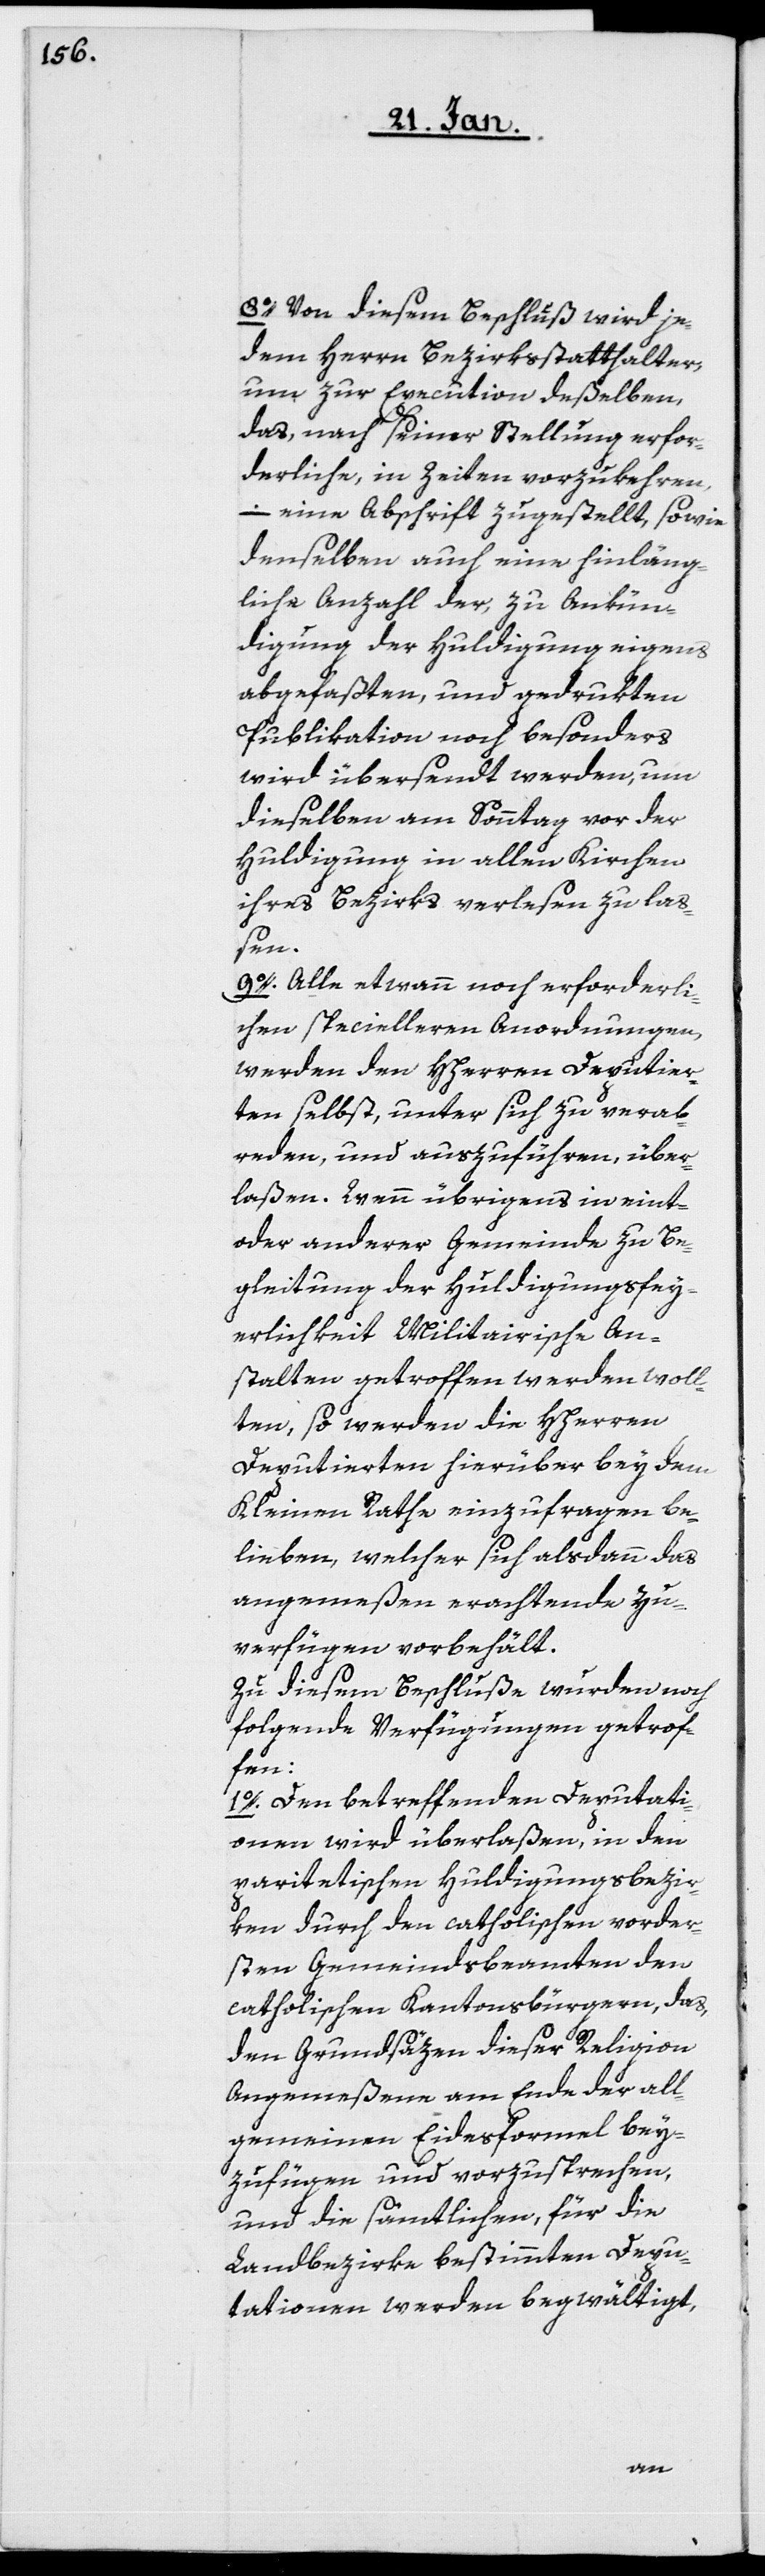
8o. Von diesem Beschluß wird je¬
dem Herrn Bezirksstatthalter,
um zur Execution deßelben,
das, nach seiner Stellung erfor¬
derliche, in Zeiten vorzukehren,
– eine Abschrift zugestellt, sowie
denselben auch eine hinläng¬
liche Anzahl der, zu Ankün¬
digung der Huldigung eigens
abgefaßten, und gedrukten
Publikation noch besonders
wird übersendt werden, um
dieselben am Sonntag vor der
Huldigung in allen Kirchen
ihres Bezirks verlesen zu laß¬
en.
9o. Alle etwann noch erforderli¬
chen specielleren Anordnungen,
werden den HHerren Deputier¬
ten selbst, unter sich zu verab¬
reden und auszuführen, über¬
laßen. Wenn übrigens in eint-
oder anderer Gemeinde zu Be¬
gleitung der Huldigungsfey¬
erlichkeit Militairische An¬
stalten getroffen werden woll¬
ten, so werden die HHerren
Deputierten hierüber bey dem
Kleinen Rathe einzufragen be¬
lieben, welcher sich alsdann das
angemeßen erachtende Zu¬
verfügen vorbehält.
Zu diesem Beschluße wurden noch
folgende Verfügungen getrof¬
fen:
1o. Den betreffenden Deputati¬
onen wird überlaßen, in den
paritetischen Huldigungsbezir¬
ken durch den catholischen vorder¬
sten Gemeindsbeamten den
catholischen Kantonsbürgern, das,
den Grundsäzen dieser Religion
Angemeßene am Ende der all¬
gemeinen Eidesformel bey¬
zufügen und vorzusprechen,
und die sämtlichen, für die
Landbezirke bestimmten Depu¬
tationen werden begwältigt,